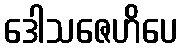
ဒေါသဇေဟိပေ